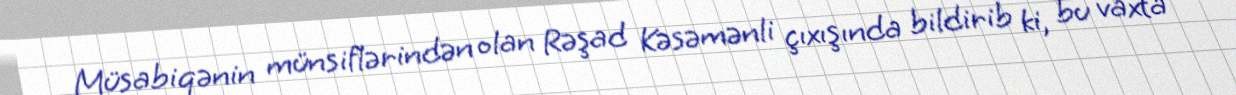
Müsabiqənin münsiflərindən olan Rəşad Kəsəmənli çıxışında bildirib ki, bu vaxta